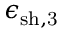
\epsilon _ { \mathrm { s h , 3 } }